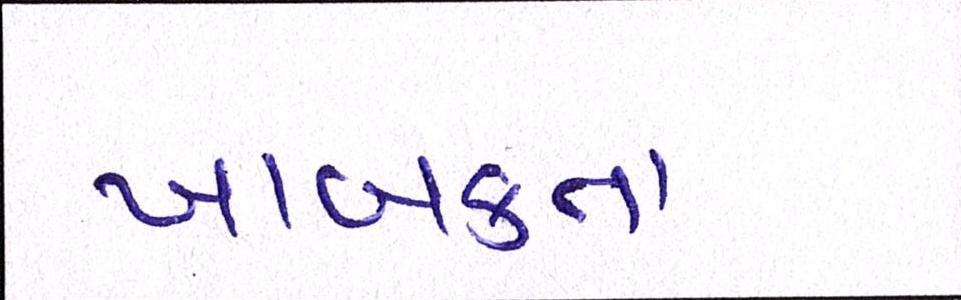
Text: ખાબકતા